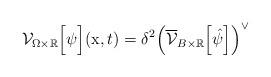
LaTeX: \begin{align*}\mathcal{V}_{\Omega\times\mathbb{R}}\Big[\psi\Big](\mathrm{x},t) = \delta^2 \Big(\overline{\mathcal{V}}_{B\times\mathbb{R}}\Big[\hat{\psi}\Big]\Big)^\vee\end{align*}